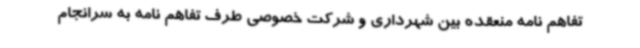
تفاهم نامه منعقده بین شهرداری و شرکت خصوصی طرف تفاهم نامه به سرانجام